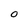
Character: O